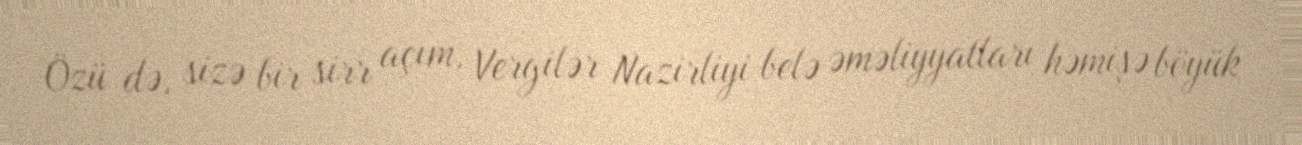
Özü də, sizə bir sirr açım, Vergilər Nazirliyi belə əməliyyatları həmişə böyük